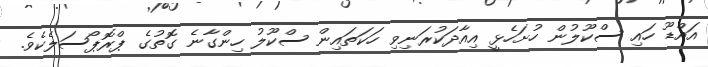
އައްޑޫ ހައި ސްކޫލުން ހުށަހެޅީ އިއާދަކުރަނިވި ހަކަތައިން ސްކޫލު ހިންގާނެ ގޮތުގެ ޕްރޮޕޯސަލެކެވެ.